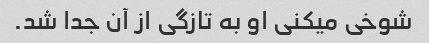
شوخی میکنی او به تازگی از آن جدا شد.